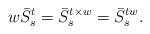
LaTeX: \begin{align*}w\bar{S}^{t}_{s}= \bar{S}^{t\times w}_{s}=\bar{S}^{tw}_{s}.\end{align*}